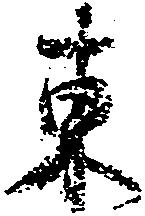
東